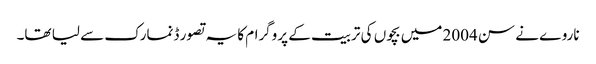
ناروے نے سن 2004 میں بچوں کی تربیت کے پروگرام کا یہ تصور ڈنمارک سے لیا تھا۔